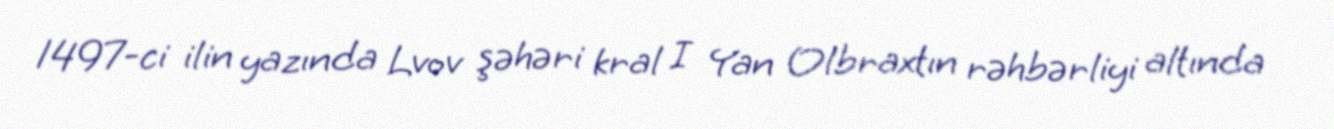
1497-ci ilin yazında Lvov şəhəri kral I Yan Olbraxtın rəhbərliyi altında